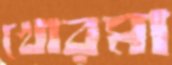
খোরমা